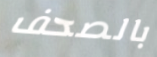
بالصحف